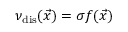
\nu _ { \mathrm { d i s } } ( \vec { x } ) = \sigma f ( \vec { x } )